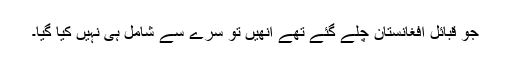
جو قبائل افغانستان چلے گئے تھے انھیں تو سرے سے شامل ہی نہیں کیا گیا۔